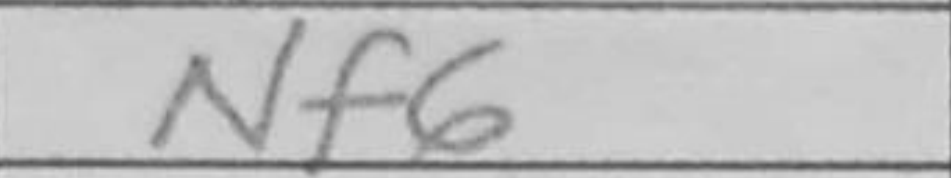
Transcription: Nf6